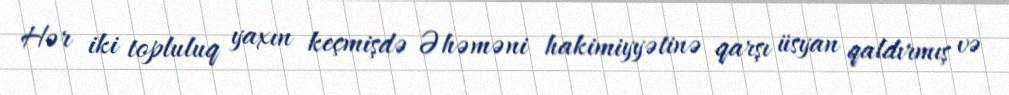
Hər iki topluluq yaxın keçmişdə Əhəməni hakimiyyətinə qarşı üsyan qaldırmış və